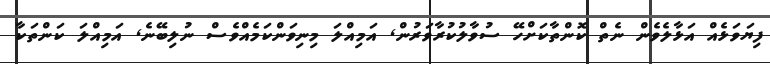
ފިޔަވަޅެއް އަޅާލެވެން ނެތް ކޮންތާކަށްހޭ ސުވާލުކުރާވަރުން